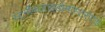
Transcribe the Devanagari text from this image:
स्टर्नोकलाइडोमास्टरॉएड